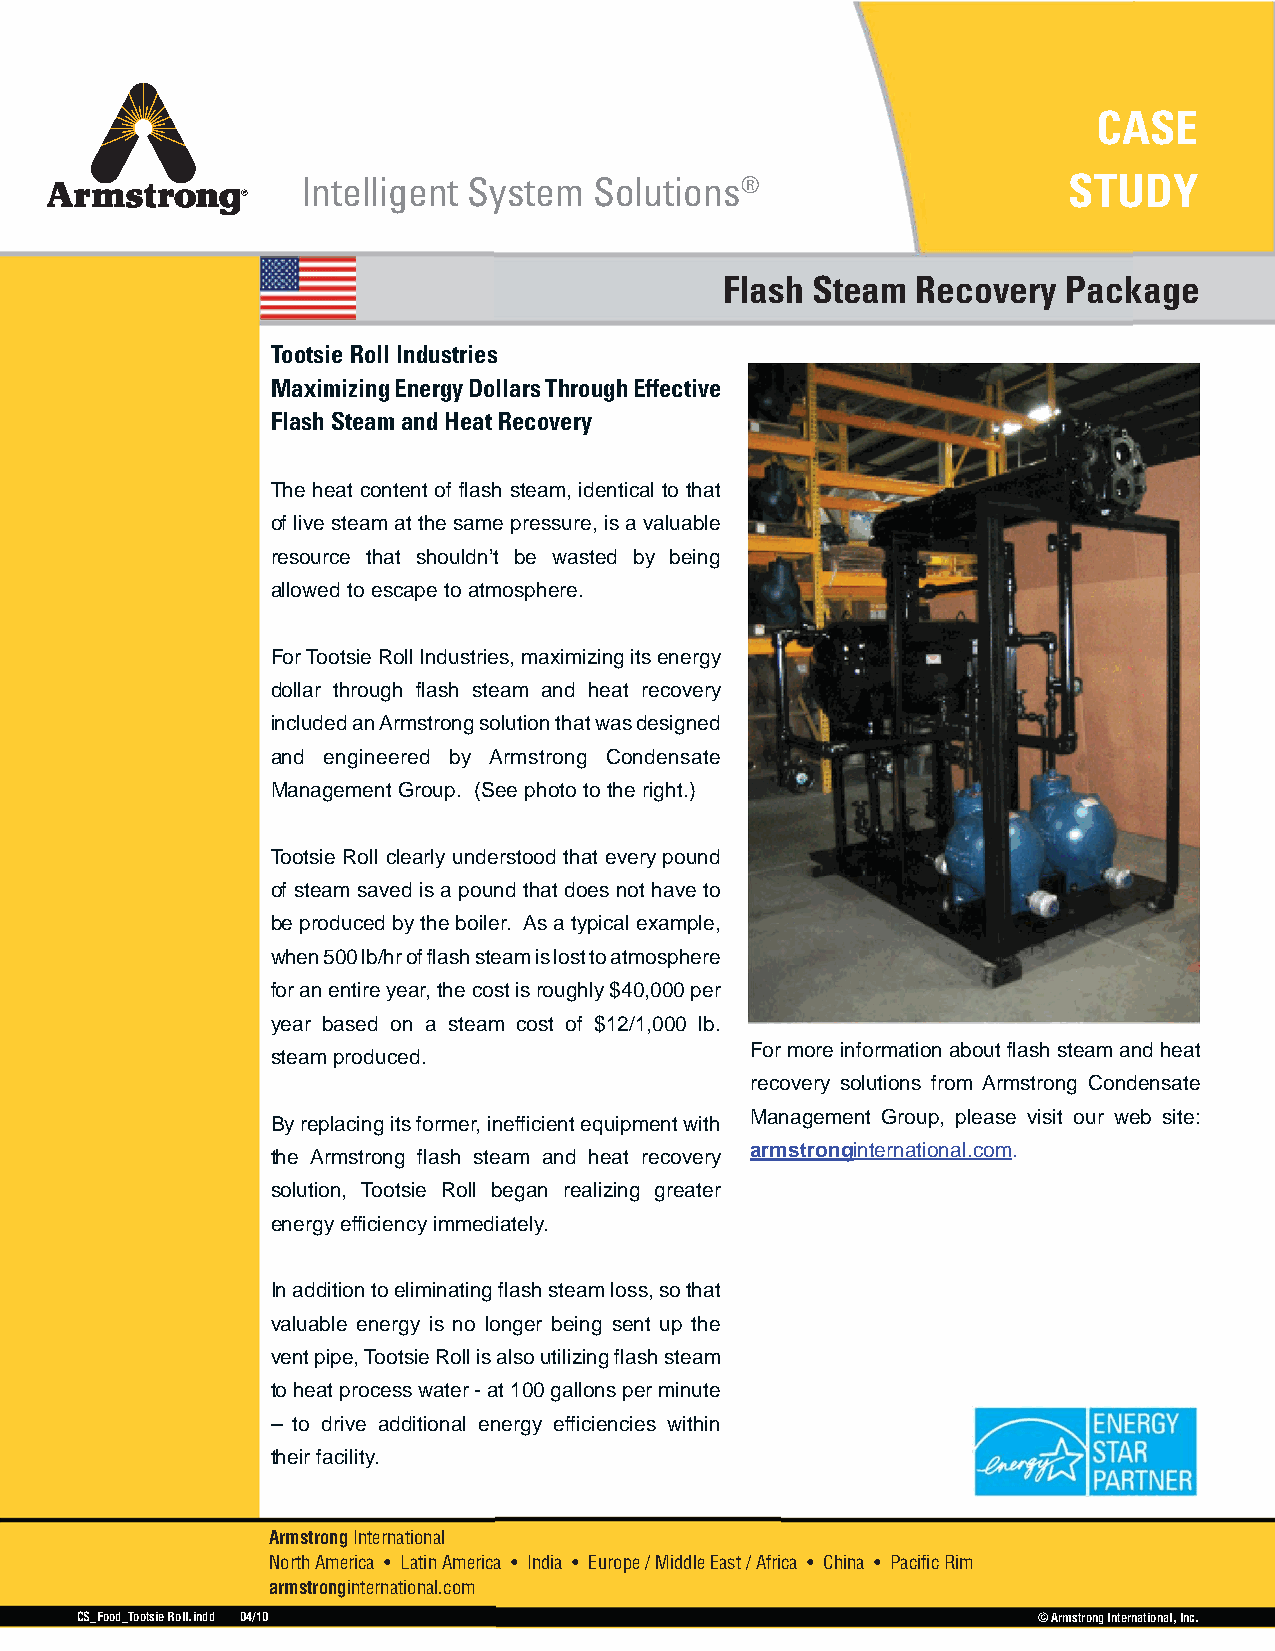
CASE
 Intelligent System Solutions®                      STUDY
 Flash Steam  Recovery  Package
 Tootsie Roll Industries
 Maximizing Energy Dollars Through Effective
 Flash Steam and Heat Recovery
 The heat content of flash steam, identical to that
 of live steam at the same pressure, is a valuable
 resource that shouldn’t be wasted by being
 allowed to escape to atmosphere.
 For Tootsie Roll Industries, maximizing its energy
 dollar through flash steam and heat recovery
 included an Armstrong solution that was designed
 and engineered by Armstrong Condensate
 Management Group. (See photo to the right.)
 Tootsie Roll clearly understood that every pound
 of steam saved is a pound that does not have to
 be produced by the boiler. As a typical example,
 when 500 lb/hr of flash steam is lost to atmosphere
 for an entire year, the cost is roughly $40,000 per
 year based on a steam cost of $12/1,000 lb.
 For more information about flash steam and heat
 steam produced.
 recovery solutions from Armstrong Condensate
 Management Group, please visit our web site:
 By replacing its former, inefficient equipment with
 armstronginternational.com.
 the Armstrong flash steam and heat recovery
 solution, Tootsie Roll began realizing greater
 energy efficiency immediately.
 In addition to eliminating flash steam loss, so that
 valuable energy is no longer being sent up the
 vent pipe, Tootsie Roll is also utilizing flash steam
 to heat process water - at 100 gallons per minute
 – to drive additional energy efficiencies within
 their facility.
 Armstrong International
 North America • Latin America • India • Europe / Middle East / Africa • China • Pacific Rim
 armstronginternational.com
 CS_Food_Tootsie Roll.indd 04/10                                 © Armstrong International, Inc.